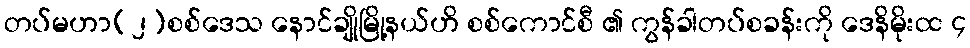
တပ်မဟာ(၂)စစ်ဒေသ နောင်ချိုမြို့နယ်ဟိ စစ်ကောင်စီ ၏ ကွန်ခါတပ်စခန်းကို ဒေနိမိုးထ ၄